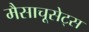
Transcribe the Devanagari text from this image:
मैसाचूसेट्स